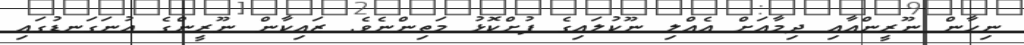
ނިހާން ނޫރީންއާއި ދިމާއަށް އެއްލި ނޫކުލައިގެ ފުށްކޮޅު މަތިންނެވެ. ޒައިކާން ނޫރީންގެ އުނަގަނޑުގައި